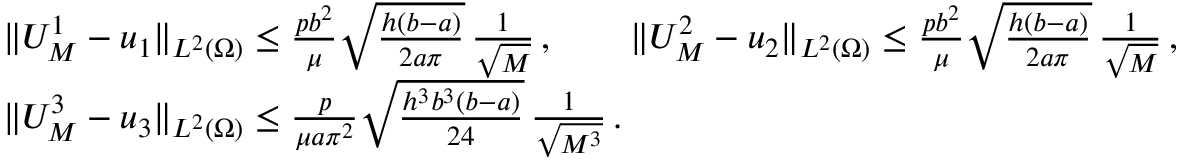
\begin{array} { r l } & { \| U _ { M } ^ { 1 } - u _ { 1 } \| _ { L ^ { 2 } ( \Omega ) } \le \frac { p b ^ { 2 } } { \mu } \sqrt { \frac { h ( b - a ) } { 2 a \pi } } \, \frac 1 { \sqrt M } \, , \qquad \| U _ { M } ^ { 2 } - u _ { 2 } \| _ { L ^ { 2 } ( \Omega ) } \le \frac { p b ^ { 2 } } { \mu } \sqrt { \frac { h ( b - a ) } { 2 a \pi } } \, \frac 1 { \sqrt M } \, , } \\ & { \| U _ { M } ^ { 3 } - u _ { 3 } \| _ { L ^ { 2 } ( \Omega ) } \le \frac { p } { \mu a \pi ^ { 2 } } \sqrt { \frac { h ^ { 3 } b ^ { 3 } ( b - a ) } { 2 4 } } \, \frac { 1 } { \sqrt { M ^ { 3 } } } \, . } \end{array}